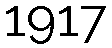
1917